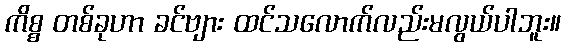
ကိစ္စ တစ်ခုဟာ ခင်ဗျား ထင်သလောက်လည်းမလွယ်ပါဘူး။